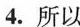
4.所以